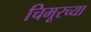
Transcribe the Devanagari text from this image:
चिमूरच्या